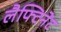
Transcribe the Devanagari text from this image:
लैफ्टिनेंट